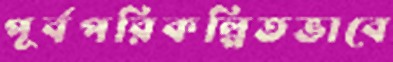
পূর্বপরিকল্পিতভাবে